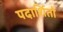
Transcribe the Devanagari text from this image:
पदार्शितो